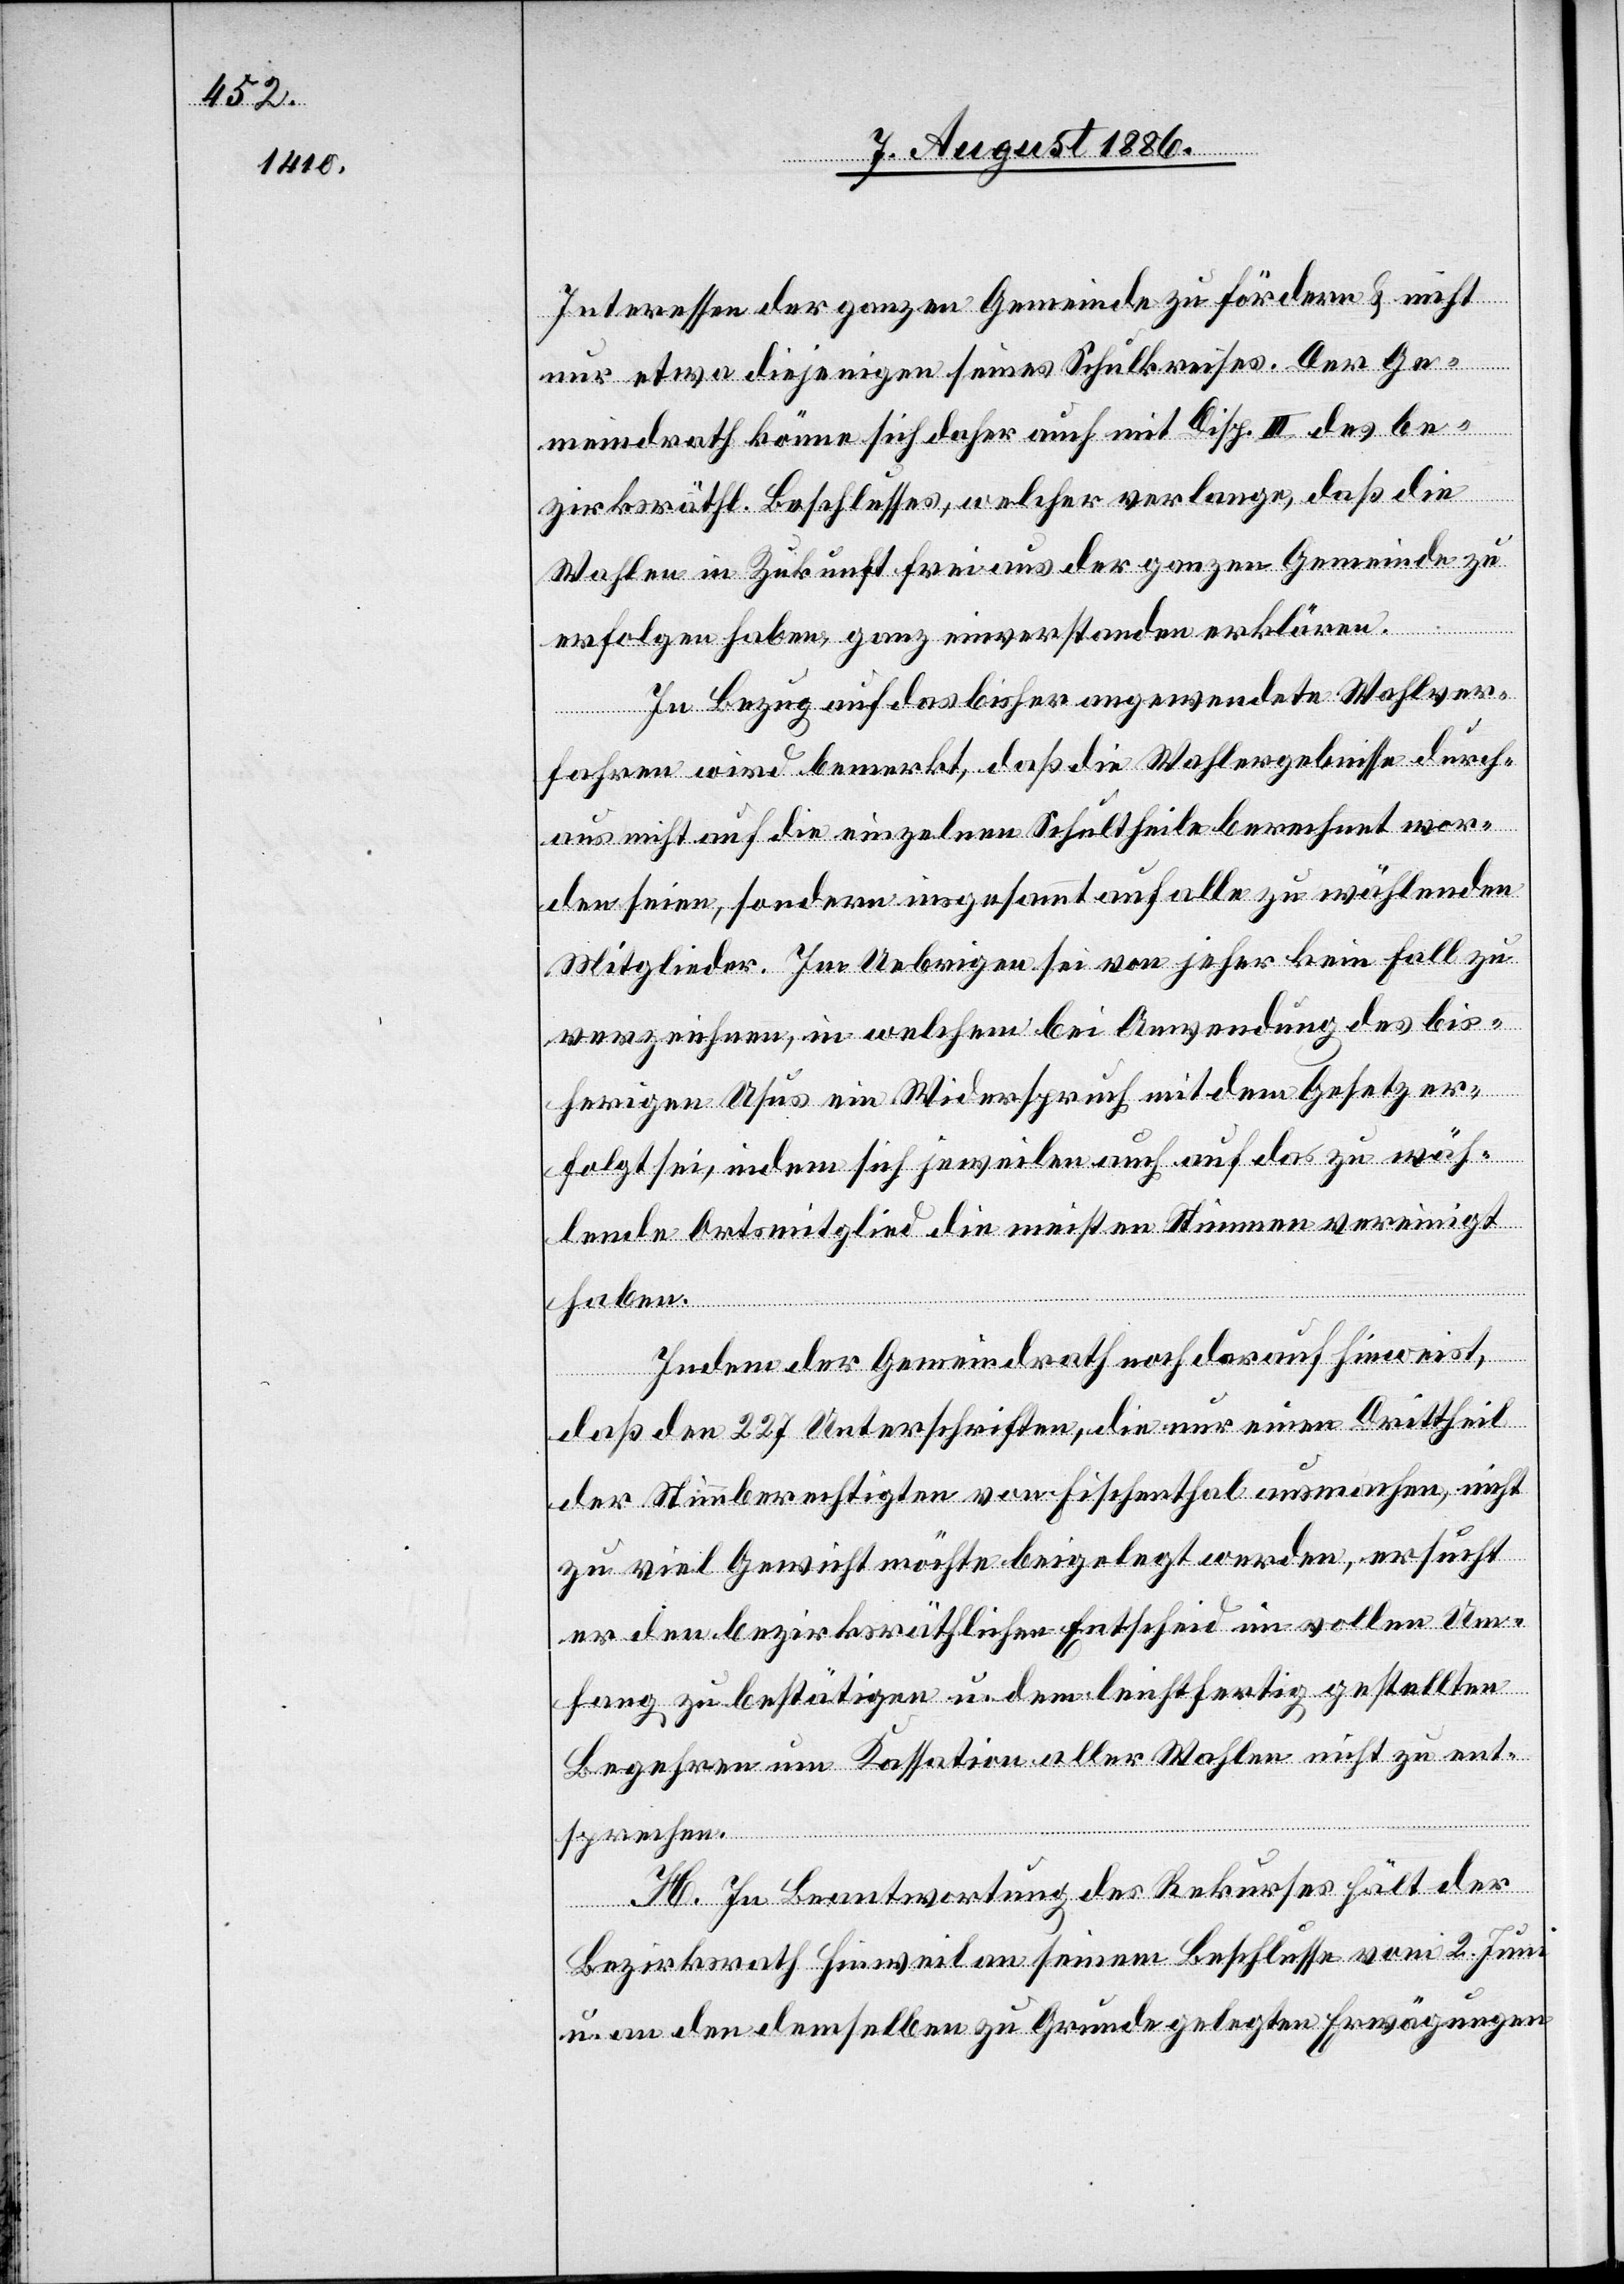
Interessen der ganzen Gemeinde zu fördern & nicht
i u.
ur etwa diejenigen seines Schulkreises. Der Ge¬
meindrath könne sich daher auch mit Disp. III des be¬
zirksräthl. Beschlusses, welcher verlange, daß die
Wahlen in Zukunft frei aus der ganzen Gemeinde zu
erfolgen haben, ganz einverstanden erklären.
In Bezug auf das bisher angewendete Wahlver¬
fahren wird bemerkt, daß die Wahlergebnisse durch¬
aus nicht auf die einzelnen Schultheile berechnet wor¬
den seien, sondern insgesammt auf alle zu wählenden
Mitglieder. Im Uebrigen sei von jeher kein Fall zu
verzeichnen, in welchem bei Anwendung des bis¬
herigen Usus ein Widerspruch mit dem Gesetz er¬
folgt sei, indem sich jeweilen auch auf das zu wäh¬
lende Ortsmitglied die meisten Stimmen vereinigt
haben.
Indem der Gemeindrath noch darauf hinweist,
daß den 227 Unterschriften, die nur einen Drittheil
der Stimmberechtigten von Fischenthal ausmachen, nicht
zu viel Gewicht möchte beigelegt werden, ersucht
er den bezirksräthlichen Entscheid im vollen Um¬
fang zu bestätigen u. dem leichtfertig gestellten
Begehren um Kassation aller Wahlen nicht zu ent¬
sprechen.
H. In Beantwortung des Rekurses hält der
Bezirksrath Hinweil an seinem Beschlusse vom 2. Jun¬
an den demselben zu Grunde gelegten Erwägungen